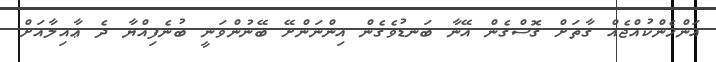
އަންހެންކުއްޖެއް ގާތަށް ގޮސްގެން އޭނާ ބަނޑުވެގެން އިންނަންށޭ ބޭނުންވަނީ ބުނެފިއްޔާ ދެ ޢާއިލާއަށް